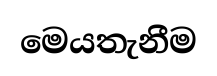
මෙයතැනීම